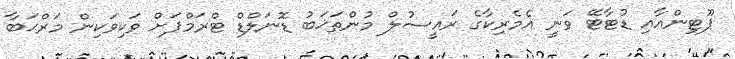
ޕޫޓިންއާއި ޑުޓާޓޭ ވަނީ އެމެރިކާގެ ރައީސުލް މުންތަޚަބު ޑޮނަލްޑް ޓްރަމްޕަށް ވަކިވަކިން މަރްޙަބާ